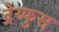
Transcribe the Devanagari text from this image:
द्रेय्फुस